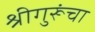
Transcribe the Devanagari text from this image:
श्रीगुरूंचा